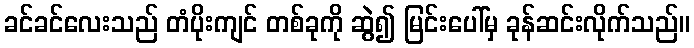
ခင်ခင်လေးသည် တံပိုးကျင် တစ်ခုကို ဆွဲ၍ မြင်းပေါ်မှ ခုန်ဆင်းလိုက်သည်။